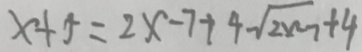
x + 5 = 2 x - 7 + 4 \sqrt { 2 x - 7 } + 4